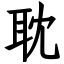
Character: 耽